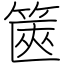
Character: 篋